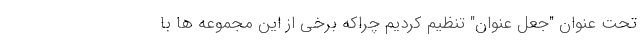
تحت عنوان "جعل عنوان" تنظیم کردیم چراکه برخی از این مجموعه ها با